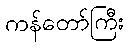
ကန်တော်ကြီး